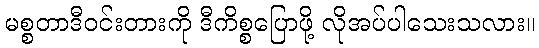
မစ္စတာဒီဝင်းတားကို ဒီကိစ္စပြောဖို့ လိုအပ်ပါသေးသလား။